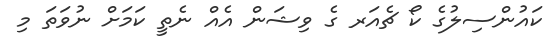
ކައުންސިލުގެ ކޯ ޗެއަރ ގެ ވިޝަން އެއް ނެތީ ކަމަށް ނުވަތަ މި